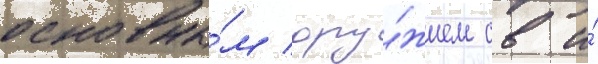
основны́м ору́жием св и́